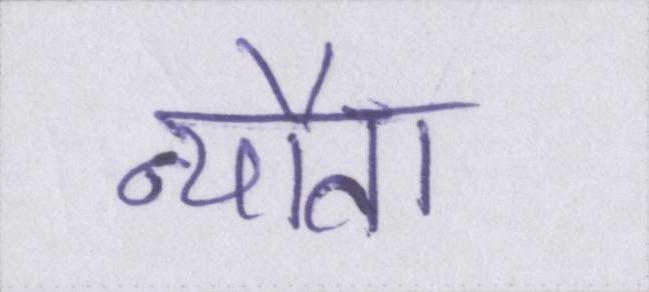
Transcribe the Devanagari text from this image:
न्यौता